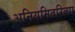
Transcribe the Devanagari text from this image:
अनियमितरित्या